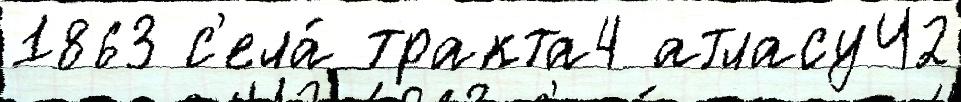
1863 с'ела́ тракта4 атласуЧ2